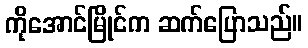
ကိုအောင်မြိုင်က ဆက်ပြောသည်။